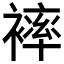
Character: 𧜠